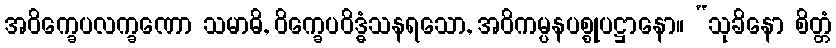
အဝိက္ခေပလက္ခဏော သမာဓိ, ဝိက္ခေပဝိဒ္ဓံသနရသော, အဝိကမ္ပနပစ္စုပဋ္ဌာနော။ “သုခိနော စိတ္တံ